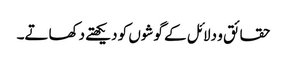
حقائق و دلائل کے گوشوں کو دیکھتے دکھاتے۔